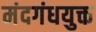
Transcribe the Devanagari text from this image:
मंदगंधयुक्त